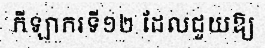
កីឡាករទី១២ ដែលជួយឱ្យ